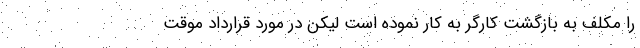
را مکلف به بازگشت کارگر به کار نموده است لیکن در مورد قرارداد موقت